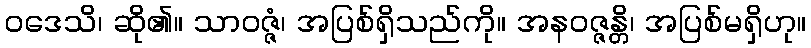
ဝဒေသိ၊ ဆို၏။ သာဝဇ္ဇံ၊ အပြစ်ရှိသည်ကို။ အနဝဇ္ဇန္တိ၊ အပြစ်မရှိဟု။